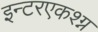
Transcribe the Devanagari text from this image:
इन्टरएकश्ग्न